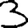
Digit: 3